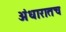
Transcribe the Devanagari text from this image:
अंधारातच